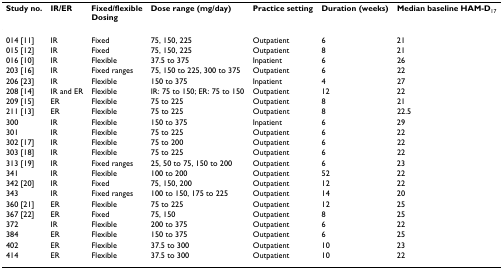
<table><thead><tr><td><b>Study no.</b></td><td><b>IR/ER</b></td><td><b>Fixed/flexibleDosing</b></td><td><b>Dose range (mg/day)</b></td><td><b>Practice setting</b></td><td><b>Duration (weeks)</b></td><td><b>Median baseline HAM-D<sub>17</sub></b></td></tr></thead><tbody><tr><td>014 [11]</td><td>IR</td><td>Fixed</td><td>75, 150, 225</td><td>Outpatient</td><td>6</td><td>21</td></tr><tr><td>015 [12]</td><td>IR</td><td>Fixed</td><td>75, 150, 225</td><td>Outpatient</td><td>8</td><td>21</td></tr><tr><td>016 [10]</td><td>IR</td><td>Flexible</td><td>37.5 to 375</td><td>Inpatient</td><td>6</td><td>26</td></tr><tr><td>203 [16]</td><td>IR</td><td>Fixed ranges</td><td>75, 150 to 225, 300 to 375</td><td>Outpatient</td><td>6</td><td>22</td></tr><tr><td>206 [23]</td><td>IR</td><td>Flexible</td><td>150 to 375</td><td>Inpatient</td><td>4</td><td>27</td></tr><tr><td>208 [14]</td><td>IR and ER</td><td>Flexible</td><td>IR: 75 to 150; ER: 75 to 150</td><td>Outpatient</td><td>12</td><td>22</td></tr><tr><td>209 [15]</td><td>ER</td><td>Flexible</td><td>75 to 225</td><td>Outpatient</td><td>8</td><td>21</td></tr><tr><td>211 [13]</td><td>ER</td><td>Flexible</td><td>75 to 225</td><td>Outpatient</td><td>8</td><td>22.5</td></tr><tr><td>300</td><td>IR</td><td>Flexible</td><td>150 to 375</td><td>Inpatient</td><td>6</td><td>29</td></tr><tr><td>301</td><td>IR</td><td>Flexible</td><td>75 to 225</td><td>Outpatient</td><td>6</td><td>22</td></tr><tr><td>302 [17]</td><td>IR</td><td>Flexible</td><td>75 to 200</td><td>Outpatient</td><td>6</td><td>22</td></tr><tr><td>303 [18]</td><td>IR</td><td>Flexible</td><td>75 to 225</td><td>Outpatient</td><td>6</td><td>22</td></tr><tr><td>313 [19]</td><td>IR</td><td>Fixed ranges</td><td>25, 50 to 75, 150 to 200</td><td>Outpatient</td><td>6</td><td>23</td></tr><tr><td>341</td><td>IR</td><td>Flexible</td><td>100 to 200</td><td>Outpatient</td><td>52</td><td>22</td></tr><tr><td>342 [20]</td><td>IR</td><td>Fixed</td><td>75, 150, 200</td><td>Outpatient</td><td>12</td><td>22</td></tr><tr><td>343</td><td>IR</td><td>Fixed ranges</td><td>100 to 150, 175 to 225</td><td>Outpatient</td><td>14</td><td>20</td></tr><tr><td>360 [21]</td><td>ER</td><td>Flexible</td><td>75 to 225</td><td>Outpatient</td><td>12</td><td>25</td></tr><tr><td>367 [22]</td><td>ER</td><td>Fixed</td><td>75, 150</td><td>Outpatient</td><td>8</td><td>25</td></tr><tr><td>372</td><td>IR</td><td>Flexible</td><td>200 to 375</td><td>Outpatient</td><td>6</td><td>22</td></tr><tr><td>384</td><td>ER</td><td>Flexible</td><td>150 to 375</td><td>Outpatient</td><td>6</td><td>25</td></tr><tr><td>402</td><td>ER</td><td>Flexible</td><td>37.5 to 300</td><td>Outpatient</td><td>10</td><td>23</td></tr><tr><td>414</td><td>ER</td><td>Flexible</td><td>37.5 to 300</td><td>Outpatient</td><td>10</td><td>22</td></tr></tbody></table>